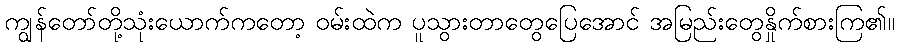
ကျွန်တော်တို့သုံးယောက်ကတော့ ဝမ်းထဲက ပူသွားတာတွေပြေအောင် အမြည်းတွေနှိုက်စားကြ၏။